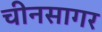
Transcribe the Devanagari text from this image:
चीनसागर